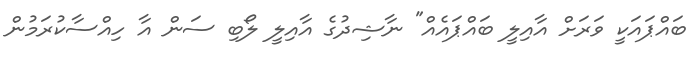
ބައްޕައަކީ ވަރަށް އާއިލީ ބައްޕައެއް" ނާޝިދުގެ އާއިލީ ލޯބި ސަން އާ ހިއްސާކުރަމުން